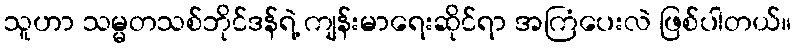
သူဟာ သမ္မတသစ်ဘိုင်ဒန်ရဲ့ ကျန်းမာရေးဆိုင်ရာ အကြံပေးလဲ ဖြစ်ပါတယ်။